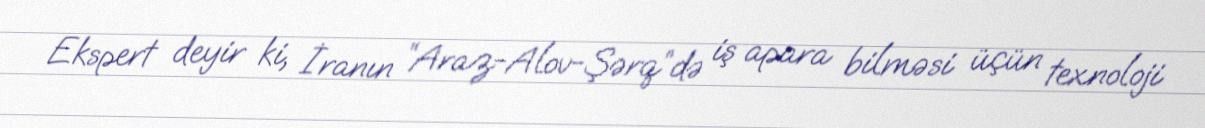
Ekspert deyir ki, İranın “Araz-Alov-Şərq”də iş apara bilməsi üçün texnoloji